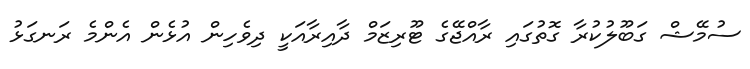
ސުމޭޝް ގަބޫލުކުރާ ގޮތުގައި ރާއްޖޭގެ ޓޫރިޒަމް ދާއިރާއަކީ ދިވެހިން އުޅެން އެންމެ ރަނގަޅު